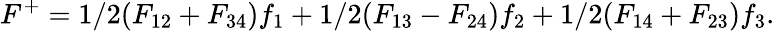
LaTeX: F^{+}=1/2(F_{12}+F_{34})f_{1}+1/2(F_{13}-F_{24})f_{2}+1/2(F_{14}+F_{23})f_{3}.